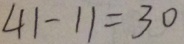
4 1 - 1 1 = 3 0